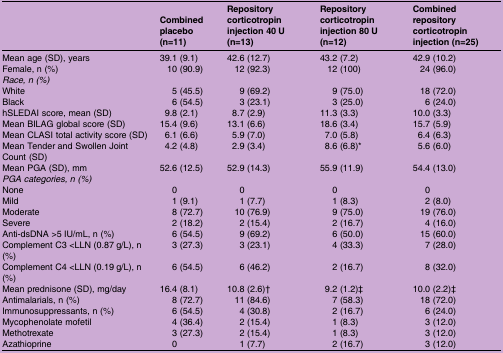
<table><thead><tr><td></td><td><b>Combined placebo (n=11)</b></td><td><b>Repository corticotropin injection 40 U (n=13)</b></td><td><b>Repository corticotropin injection 80 U (n=12)</b></td><td><b>Combined repository corticotropin injection (n=25)</b></td></tr></thead><tbody><tr><td>Mean age (SD), years</td><td>39.1 (9.1)</td><td>42.6 (12.7)</td><td>43.2 (7.2)</td><td>42.9 (10.2)</td></tr><tr><td>Female, n (%)</td><td>10 (90.9)</td><td>12 (92.3)</td><td>12 (100)</td><td>24 (96.0)</td></tr><tr><td colspan="5"><i>Race, n (%)</i></td></tr><tr><td>White</td><td>5 (45.5)</td><td>9 (69.2)</td><td>9 (75.0)</td><td>18 (72.0)</td></tr><tr><td>Black</td><td>6 (54.5)</td><td>3 (23.1)</td><td>3 (25.0)</td><td>6 (24.0)</td></tr><tr><td>hSLEDAI score, mean (SD)</td><td>9.8 (2.1)</td><td>8.7 (2.9)</td><td>11.3 (3.3)</td><td>10.0 (3.3)</td></tr><tr><td>Mean BILAG global score (SD)</td><td>15.4 (9.6)</td><td>13.1 (6.6)</td><td>18.6 (3.4)</td><td>15.7 (5.9)</td></tr><tr><td>Mean CLASI total activity score (SD)</td><td>6.1 (6.6)</td><td>5.9 (7.0)</td><td>7.0 (5.8)</td><td>6.4 (6.3)</td></tr><tr><td>Mean Tender and Swollen Joint Count (SD)</td><td>4.2 (4.8)</td><td>2.9 (3.4)</td><td>8.6 (6.8)*</td><td>5.6 (6.0)</td></tr><tr><td>Mean PGA (SD), mm</td><td>52.6 (12.5)</td><td>52.9 (14.3)</td><td>55.9 (11.9)</td><td>54.4 (13.0)</td></tr><tr><td colspan="5"><i>PGA categories, n (%)</i></td></tr><tr><td>None</td><td>0</td><td>0</td><td>0</td><td>0</td></tr><tr><td>Mild</td><td>1 (9.1)</td><td>1 (7.7)</td><td>1 (8.3)</td><td>2 (8.0)</td></tr><tr><td>Moderate</td><td>8 (72.7)</td><td>10 (76.9)</td><td>9 (75.0)</td><td>19 (76.0)</td></tr><tr><td>Severe</td><td>2 (18.2)</td><td>2 (15.4)</td><td>2 (16.7)</td><td>4 (16.0)</td></tr><tr><td>Anti-dsDNA &gt;5 IU/mL, n (%)</td><td>6 (54.5)</td><td>9 (69.2)</td><td>6 (50.0)</td><td>15 (60.0)</td></tr><tr><td>Complement C3 &lt;LLN (0.87 g/L), n (%)</td><td>3 (27.3)</td><td>3 (23.1)</td><td>4 (33.3)</td><td>7 (28.0)</td></tr><tr><td>Complement C4 &lt;LLN (0.19 g/L), n (%)</td><td>6 (54.5)</td><td>6 (46.2)</td><td>2 (16.7)</td><td>8 (32.0)</td></tr><tr><td>Mean prednisone (SD), mg/day</td><td>16.4 (8.1)</td><td>10.8 (2.6)†</td><td>9.2 (1.2)‡</td><td>10.0 (2.2)‡</td></tr><tr><td>Antimalarials, n (%)</td><td>8 (72.7)</td><td>11 (84.6)</td><td>7 (58.3)</td><td>18 (72.0)</td></tr><tr><td>Immunosuppressants, n (%)</td><td>6 (54.5)</td><td>4 (30.8)</td><td>2 (16.7)</td><td>6 (24.0)</td></tr><tr><td>Mycophenolate mofetil</td><td>4 (36.4)</td><td>2 (15.4)</td><td>1 (8.3)</td><td>3 (12.0)</td></tr><tr><td>Methotrexate</td><td>3 (27.3)</td><td>2 (15.4)</td><td>1 (8.3)</td><td>3 (12.0)</td></tr><tr><td>Azathioprine</td><td>0</td><td>1 (7.7)</td><td>2 (16.7)</td><td>3 (12.0)</td></tr></tbody></table>